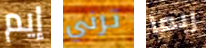
إيم ترني ربما